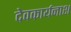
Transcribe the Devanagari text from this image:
देवकार्यनाश